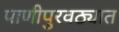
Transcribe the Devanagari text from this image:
पाणीपुरवठ्यात